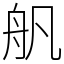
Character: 舤